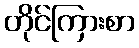
တိုင်ကြားစာ